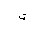
Letter: _ta